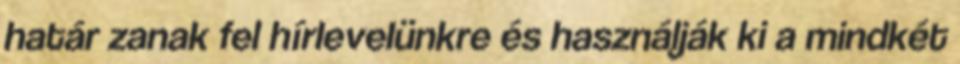
határ zanak fel hírlevelünkre és használják ki a mindkét